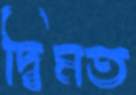
দ্বিমত